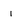
Character: i